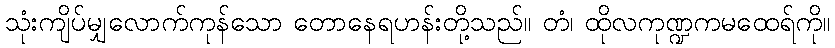
သုံးကျိပ်မျှလောက်ကုန်သော တောနေရဟန်းတို့သည်။ တံ၊ ထိုလကုဏ္ဍကမထေရ်ကို။